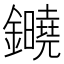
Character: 䥵